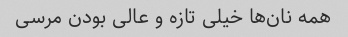
همه نان‌ها خیلی تازه و عالی بودن مرسی